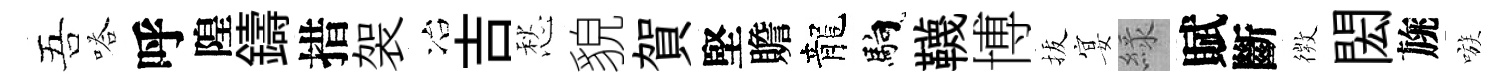
吾嗒呼隍鑄措袈冶吉愁貌賀堅贍龍馿韈博拔宴緑賦斷𢕄閎旐嗾